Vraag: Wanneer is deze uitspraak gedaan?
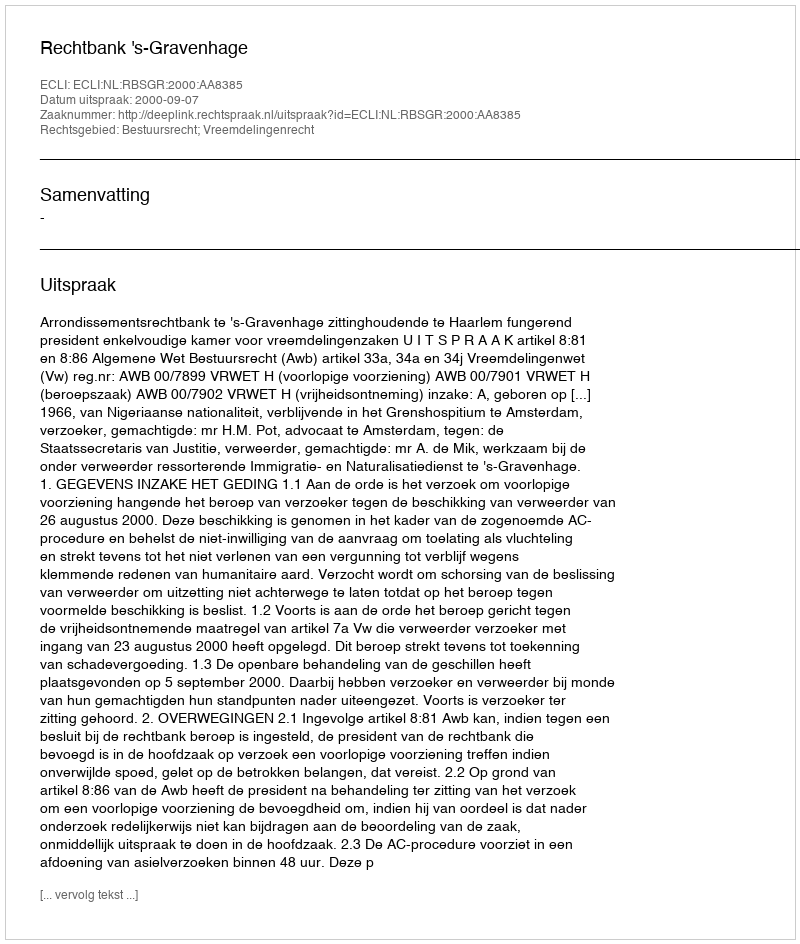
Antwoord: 2000-09-07